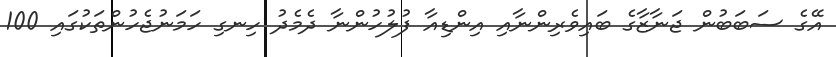
އޭގެ ސަބަބުން ޖަނާޒާގެ ބައިވެރިންނާއި އިންޑިއާ ފުލުހުންނާ ދެމެދު ހިނގި ހަމަނުޖެހުންތަކުގައި 100